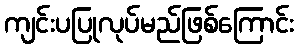
ကျင်းပပြုလုပ်မည်ဖြစ်ကြောင်း